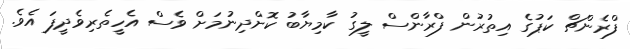
ފްރެންޗް ކަޕުގެ އިތުރުން ފްރާންސް ލީގު ކާމިޔާބު ކޮށްދިނުމަށް ވެސް އެހީތެރިވެދީފަ އެވެ.